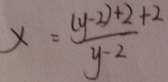
x = \frac { ( y - 2 ) + 2 + 2 } { y - 2 }